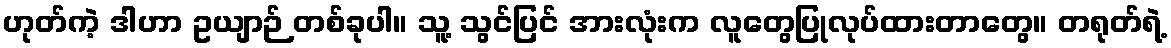
ဟုတ်ကဲ့ ဒါဟာ ဥယျာဉ် တစ်ခုပါ။ သူ့ သွင်ပြင် အားလုံးက လူတွေပြုလုပ်ထားတာတွေ။ တရုတ်ရဲ့